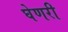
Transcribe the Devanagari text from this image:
घेणरी